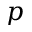
p